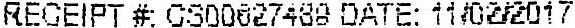
RECEIPT #: CS00027489 DATE: 11/02/2017